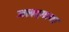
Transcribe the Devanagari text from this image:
जलदगत्या